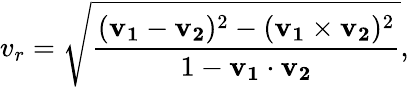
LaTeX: v_{r}={\sqrt{\frac{(\mathbf{v_{1}}-\mathbf{v_{2}})^{2}-(\mathbf{v_{1}}\times\mathbf{v_{2}})^{2}}{1-\mathbf{v_{1}}\cdot\mathbf{v_{2}}}}},